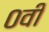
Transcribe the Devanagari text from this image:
०वीं